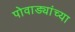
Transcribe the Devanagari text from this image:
पोवाड्यांच्या